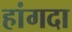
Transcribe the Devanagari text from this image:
हांगदा